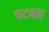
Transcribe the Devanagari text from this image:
पटबाह